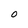
Character: 0